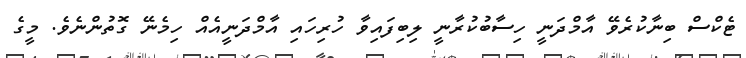
ޓެކްސް ބިނާކުރެވޭ އާމްދަނީ ހިސާބުކުރާނީ ލިބިފައިވާ ހުރިހައި އާމްދަނީއެއް ހިމެނޭ ގޮތުންނެވެ. މީގެ